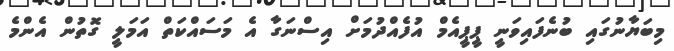
މިބަޔާނުގައި ބުނެފައިވަނީ ޕީޕީއެމް އުފެއްދުމަށް އިސްނަގާ އެ މަސައްކަތް އަމަލީ ގޮތުން އެންމެ